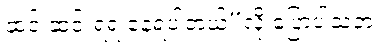
ဆင်းဆင်းရဲရဲ နေရပါတယ်”လို့ ပြောပါသတဲ့။